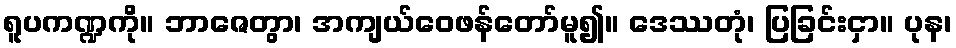
ရူပကဏ္ဍကို။ ဘာဇေတွာ၊ အကျယ်ဝေဖန်တော်မူ၍။ ဒေဿတုံ၊ ပြခြင်းငှာ။ ပုန၊